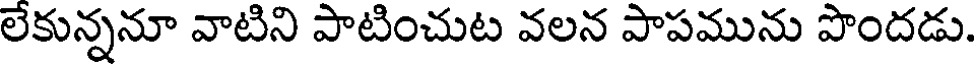
లేకున్ననూ వాటిని పాటించుట వలన పాపమును పొందడు.